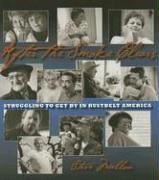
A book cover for After the Smoke Clears: Struggling to Get By in Rustbelt America; Travel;